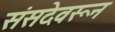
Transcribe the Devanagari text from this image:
संसदेवरून